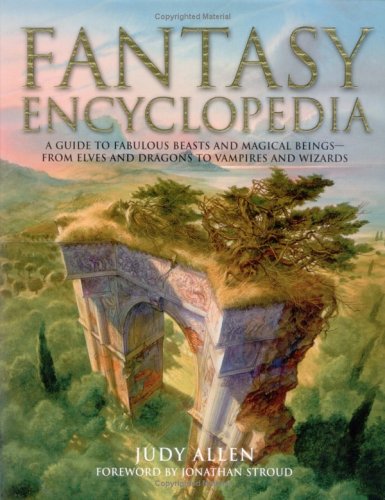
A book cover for Fantasy Encyclopedia; Judy Allen; Teen & Young Adult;